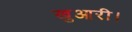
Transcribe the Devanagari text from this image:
खुआरी।